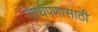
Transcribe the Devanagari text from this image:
साधेपणासाठी